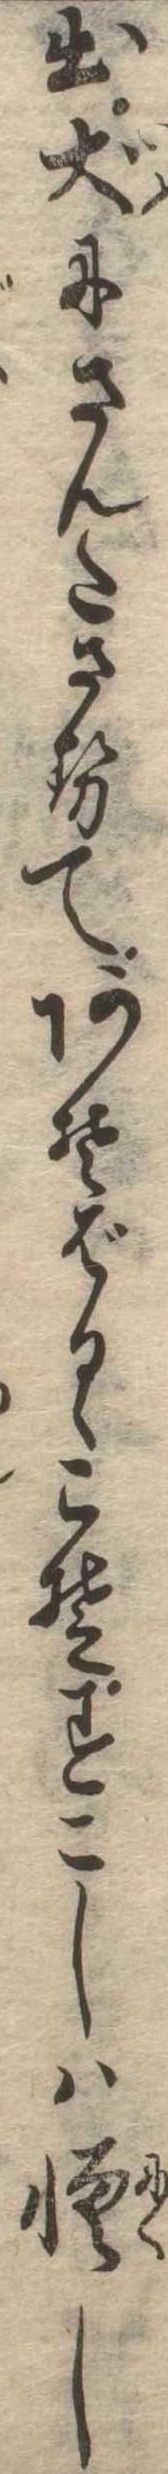
出犬にさんたさせてあそばるゝこそすこしは憎し